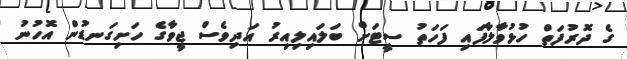
ގެ ދޮރުފަތް ހުޅުވާލާފައި ފަހަތު ސީޓަށް ބަލައިލިއިރު އަދިވެސް ޖީވާގެ ހަށިގަނޑުން އޮހުނު